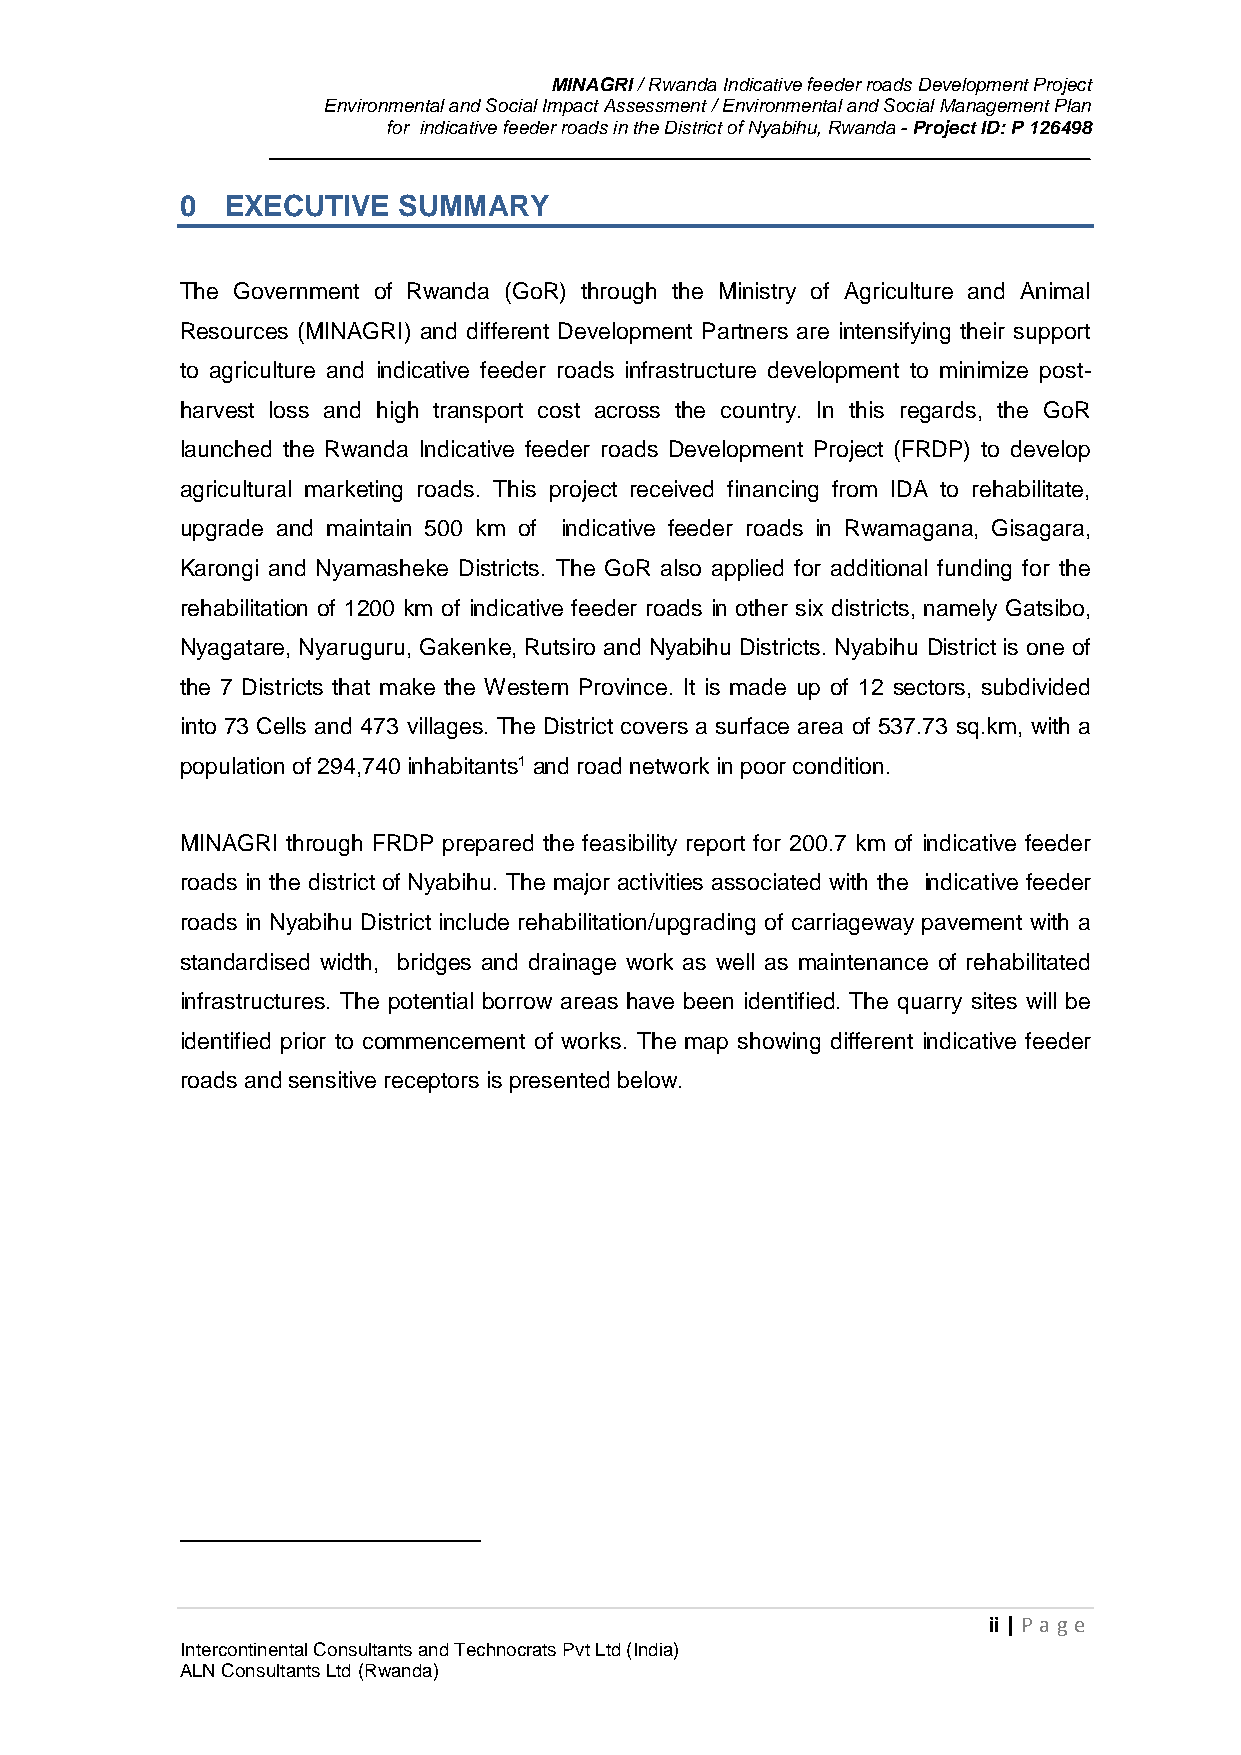
MINAGRI / Rwanda Indicative feeder roads Development Project
 Environmental and Social Impact Assessment / Environmental and Social Management Plan
 for indicative feeder roads in the District of Nyabihu, Rwanda - Project ID: P 126498
 0  EXECUTIVE  SUMMARY
 The Government of Rwanda (GoR) through the Ministry of Agriculture and Animal
 Resources (MINAGRI) and different Development Partners are intensifying their support
 to agriculture and indicative feeder roads infrastructure development to minimize post-
 harvest loss and high transport cost across the country. In this regards, the GoR
 launched the Rwanda Indicative feeder roads Development Project (FRDP) to develop
 agricultural marketing roads. This project received financing from IDA to rehabilitate,
 upgrade and maintain 500 km of indicative feeder roads in Rwamagana, Gisagara,
 Karongi and Nyamasheke Districts. The GoR also applied for additional funding for the
 rehabilitation of 1200 km of indicative feeder roads in other six districts, namely Gatsibo,
 Nyagatare, Nyaruguru, Gakenke, Rutsiro and Nyabihu Districts. Nyabihu District is one of
 the 7 Districts that make the Western Province. It is made up of 12 sectors, subdivided
 into 73 Cells and 473 villages. The District covers a surface area of 537.73 sq.km, with a
 population of 294,740 inhabitants1 and road network in poor condition.
 MINAGRI through FRDP prepared the feasibility report for 200.7 km of indicative feeder
 roads in the district of Nyabihu. The major activities associated with the indicative feeder
 roads in Nyabihu District include rehabilitation/upgrading of carriageway pavement with a
 standardised width, bridges and drainage work as well as maintenance of rehabilitated
 infrastructures. The potential borrow areas have been identified. The quarry sites will be
 identified prior to commencement of works. The map showing different indicative feeder
 roads and sensitive receptors is presented below.
 ii | P age
 Intercontinental Consultants and Technocrats Pvt Ltd (India)
 ALN Consultants Ltd (Rwanda)